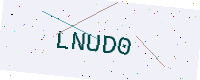
Text: LNUD0